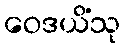
ဝေဒယိံသု